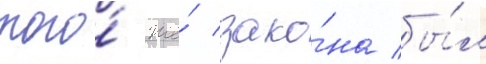
того́ же́ зако́на бы́л